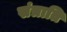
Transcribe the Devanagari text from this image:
संत्राति